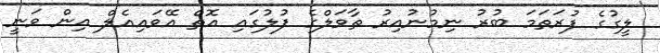
ލީގުގެ ފުރަތަމަ ބުރު ނިމުނުއިރު ތާވަލްގެ ފުލުގައި އޮތް އޭވައިއެލް އިން ވަނީ